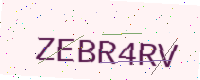
Text: ZEBR4RV